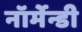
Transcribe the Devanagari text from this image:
नॉर्मेन्डी